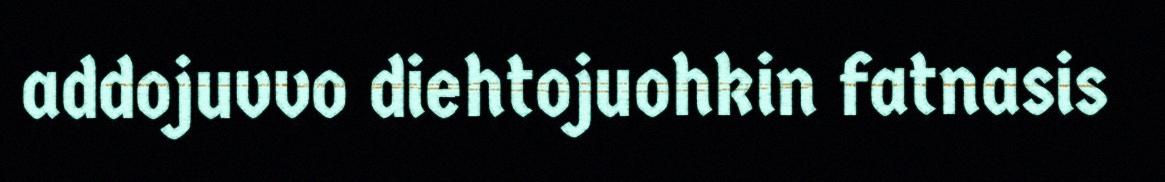
addojuvvo diehtojuohkin fatnasis